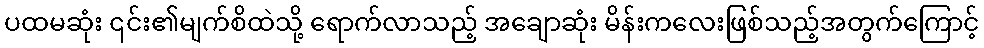
ပထမဆုံး ၎င်း၏မျက်စိထဲသို့ ရောက်လာသည့် အချောဆုံး မိန်းကလေးဖြစ်သည့်အတွက်ကြောင့်